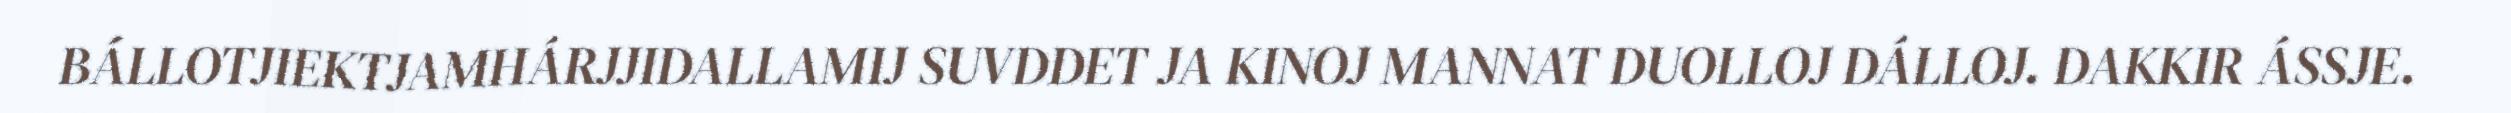
BÁLLOTJIEKTJAMHÁRJJIDALLAMIJ SUVDDET JA KINOJ MANNAT DUOLLOJ DÁLLOJ. DAKKIR ÁSSJE.